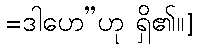
=ဒါဟေ”ဟု ရှိ၏၊၊]